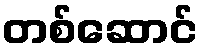
တစ်ဆောင်